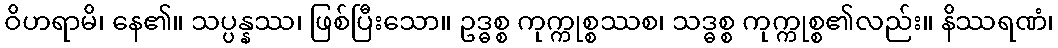
ဝိဟရာမိ၊ နေ၏။ သပ္ပန္နဿ၊ ဖြစ်ပြီးသော။ ဥဒ္ဓစ္စ ကုက္ကုစ္စဿစ၊ သဒ္ဓစ္စ ကုက္ကုစ္စ၏လည်း။ နိဿရဏံ၊